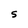
Character: S